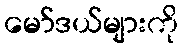
မော်ဒယ်များကို